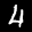
Label: 4